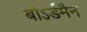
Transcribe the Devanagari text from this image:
बोऽर्डमैन